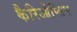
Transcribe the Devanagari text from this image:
कैरिओप्सिस